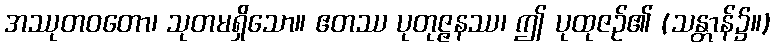
အဿုတဝတော၊ သုတမရှိသော။ ဧတဿ ပုတုဇ္ဇနဿ၊ ဤ ပုထုဇဉ်၏ (သန္တာန်၌။)